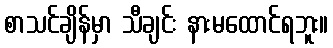
စာသင်ချိန်မှာ သီချင်း နားမထောင်ရဘူး။